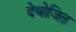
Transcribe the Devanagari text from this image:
देबोजित